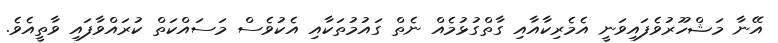
އޭނާ މަޝްހޫރުވެފައިވަނީ އެމެރިކާއާއި ގާތްގުޅުމެއް ނެތް ގައުމުތަކާއި އެކުވެސް މަސައްކަތް ކުރައްވާފައި ވާތީއެވެ.